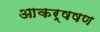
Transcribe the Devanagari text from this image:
आकर्षषण